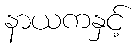
နာယကနှင့်